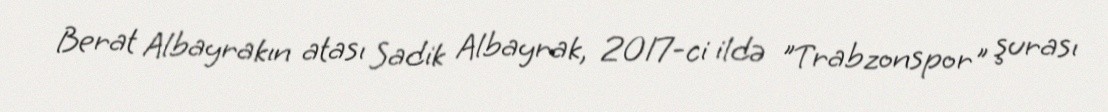
Berat Albayrakın atası Sadik Albayrak, 2017-ci ildə "Trabzonspor" şurası